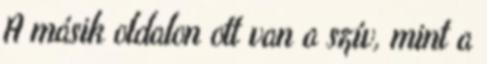
A másik oldalon ott van a szív, mint a